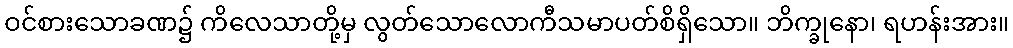
ဝင်စားသောခဏ၌ ကိလေသာတို့မှ လွတ်သောလောကီသမာပတ်စိရှိသော။ ဘိက္ခုနော၊ ရဟန်းအား။